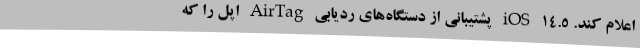
اعلام کند. iOS 14.5 پشتیبانی از دستگاه‌های ردیابی AirTag اپل را که